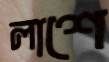
লাশে